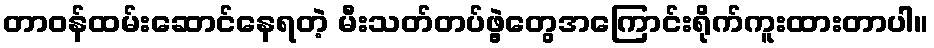
တာဝန်ထမ်းဆောင်နေရတဲ့ မီးသတ်တပ်ဖွဲ့တွေအကြောင်းရိုက်ကူးထားတာပါ။